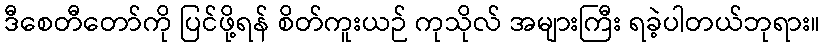
ဒီစေတီတော်ကို ပြင်ဖို့ရန် စိတ်ကူးယဉ် ကုသိုလ် အများကြီး ရခဲ့ပါတယ်ဘုရား။